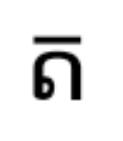
ត